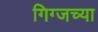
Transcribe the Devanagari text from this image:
गिग्जच्या